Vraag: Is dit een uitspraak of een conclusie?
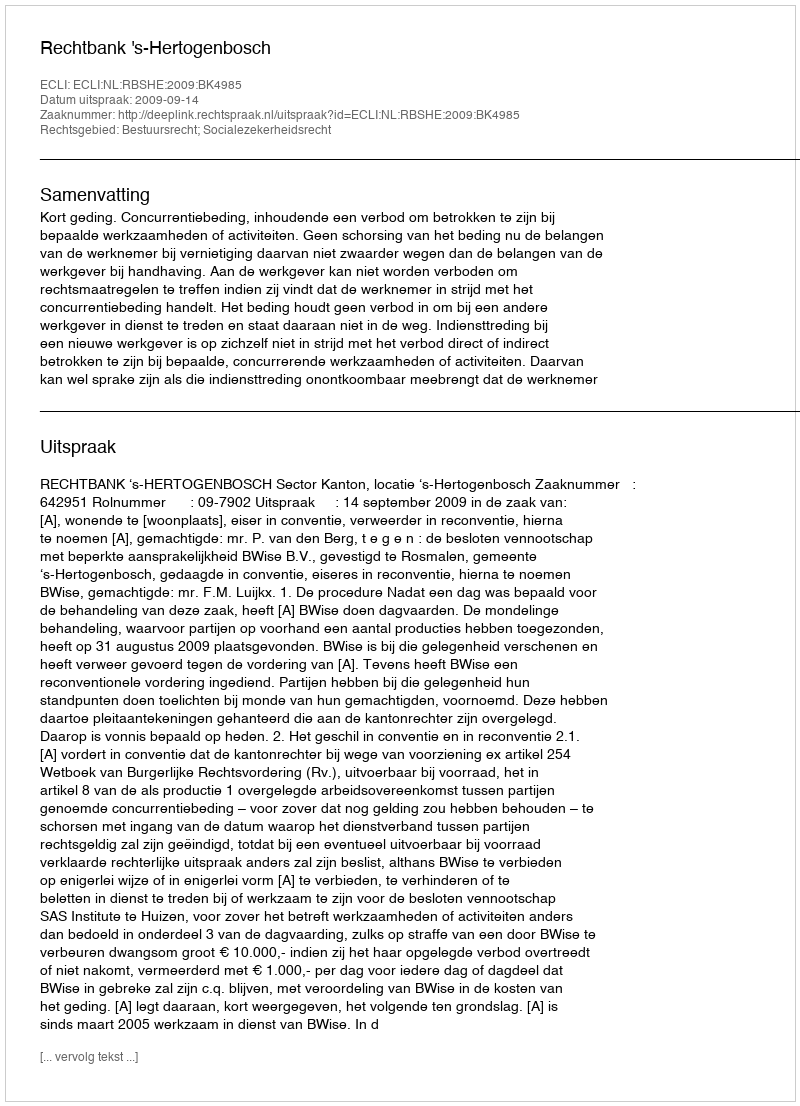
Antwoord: Uitspraak